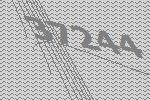
37244